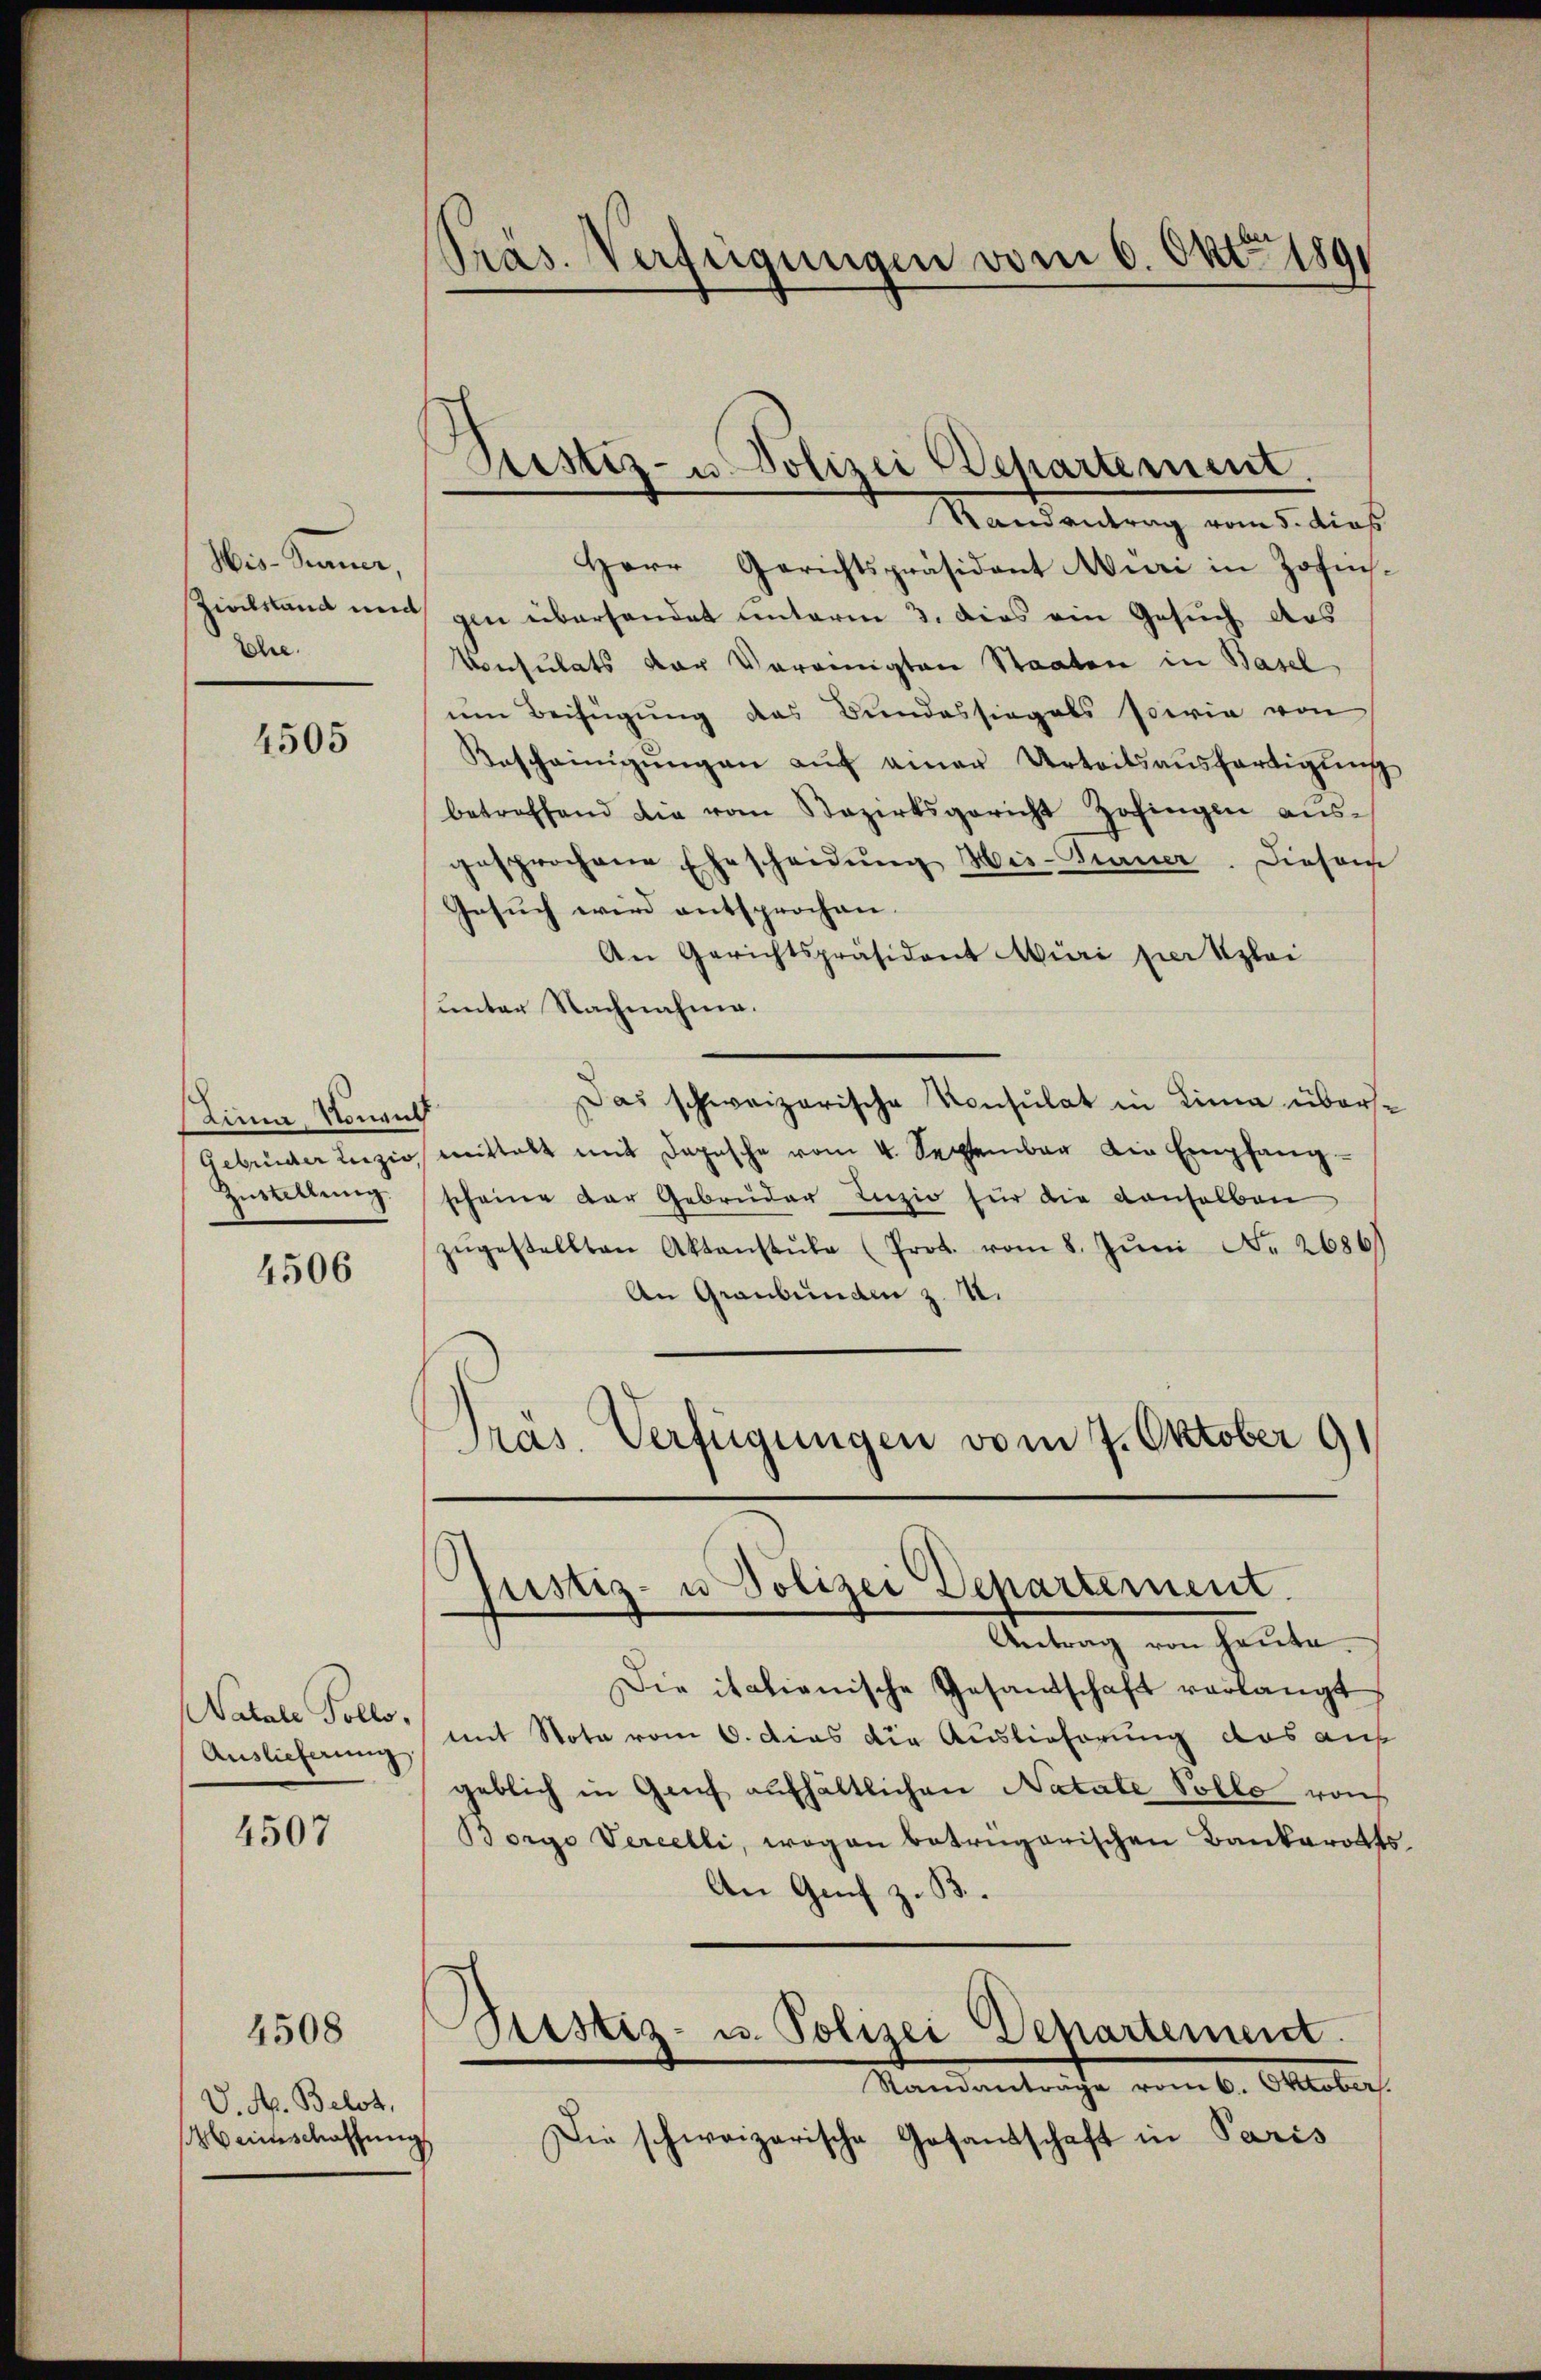
Wis Sinner,
Ehe.

4505

stina, Vorauf
Zustellung.

4506

Auslieferung

4507

V. Rp. Belot,
beinschatzung

4508

Präs. Verfügungen vom 6. Okt. 1891

Herr Gerichtspräsident Muri in Zofis-
Zinckstand und gen überhandet unterm 3. dies ein Gesŭch des
Consulats der Vereinigten Staaten in Basel
um Beifügung das Bundessiegals sowie von
Bescheinigŭngen auf einer Urteilsausfertigung
betreffend die vom Bezirksgericht Zofingen aŭs-
gesprochene Ehescheidŭng Hei-Gener. Diesem
Gesuch wird entsprochen.
An Gerichtspräsident Müri per Klei
unter Nachnahme.
Das schweizerische Konsulat in Lina über¬
Gebrüder Lizio mittelt mit Depesche vom 4. September die Empfang
scheine der Gebrüder Lizio für die denselben
zŭgestellten Aktenstŭbe (Prot. vom 8. Jŭni Nr. 2686)
An Graubünden z. B.
Präs. Verfügungen vom 7. Oktober 9

Justiz- u. Polizei Departement.
Randantrag vom 5. dies

Justiz- u Polizei Departement.
Antrag von heute.

Die italienische Gesandschaft verlangt,
Natale Folle, mit Note vom 6. dies die Auslieferung das auf
geblich in Genf aufhältlichen Natale Volle von
Borge Vereelli, wogen betrügerischen Bankarotts¬
An Genf z. B.
Pustiz- u. Polizei Departement
Mandentrache vom 6. Oktober
Die schweizerische Gesandschaft in Paris